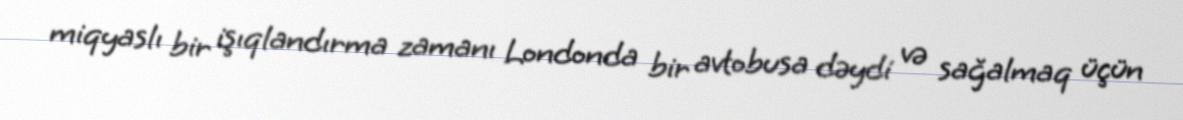
miqyaslı bir işıqlandırma zamanı Londonda bir avtobusa dəydi və sağalmaq üçün